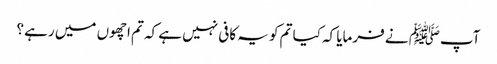
آپﷺ نے فرمایا کہ کیا تم کو یہ کافی نہیں ہے کہ تم اچھوں میں رہے ؟